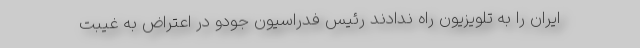
ایران را به تلویزیون راه ندادند رئیس فدراسیون جودو در اعتراض به غیبت